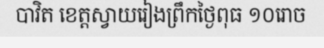
បាវិត ខេត្តស្វាយរៀងព្រឹកថ្ងៃពុធ ១០រោច